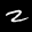
Label: 2